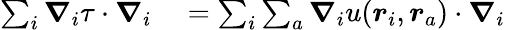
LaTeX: \begin{array}{rl}{\sum_{i}\boldsymbol{\nabla}_{i}\tau\cdot\boldsymbol{\nabla}_{i}}&{{}=\sum_{i}\sum_{a}\boldsymbol{\nabla}_{i}u(\boldsymbol{r}_{i},\boldsymbol{r}_{a})\cdot\boldsymbol{\nabla}_{i}}\end{array}